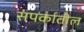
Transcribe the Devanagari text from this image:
संपर्कातील